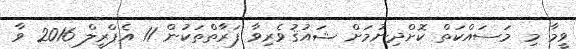
ވީމާ މި މަސައްކަތް ކޮށްދިނުމަށް ޝައުޤުވެރިވާ ފަރާތްތަކުން 11 އެޕްރީލް 2016 ވާ